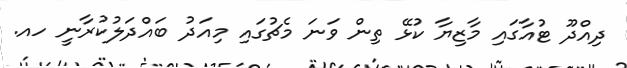
ދިއްދޫ ޓުއާގައި މާޒިޔާ ކުޅޭ ތިން ވަނަ މެޗުގައި މިއަދު ބައްދަލުކުރާނީ ހއ.